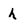
Character: h